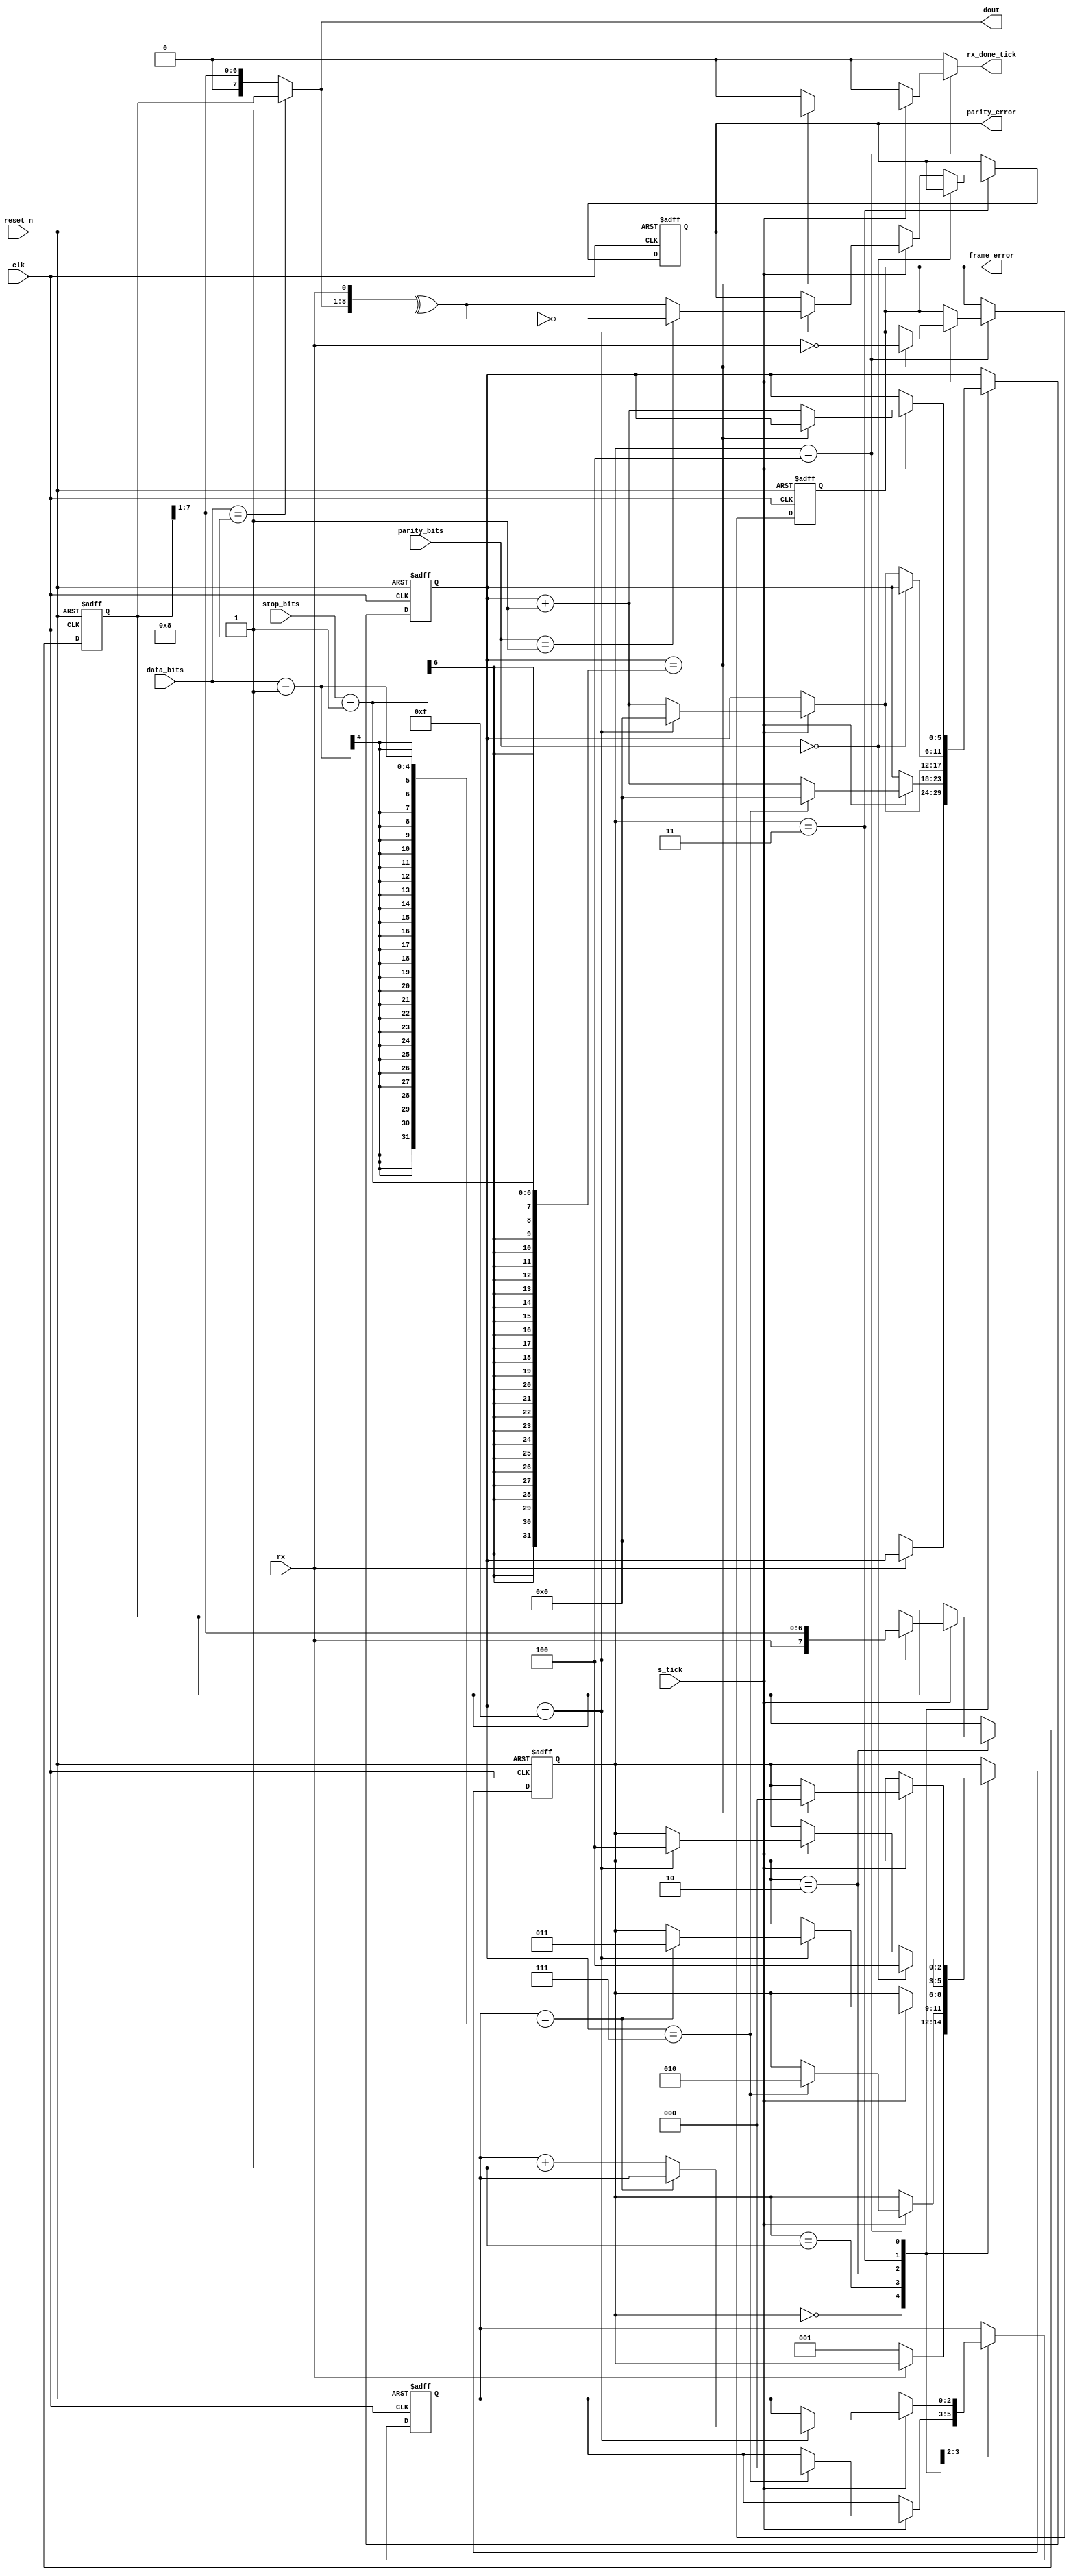
module uart_rx #(parameter DBIT=8, SB_TICK=16)
(
	input clk,reset_n,
	input rx,s_tick,
	input [3:0] data_bits,
	input [5:0] stop_bits,
	input [1:0] parity_bits,
	output reg rx_done_tick,
	output [7:0] dout,
	output reg parity_error,
	output reg frame_error
);

	localparam [2:0]
	IDLE =3'b000,
	START=3'b001,
	DATA=3'b010,
	PARITY=3'b011,
	STOP=3'b100;
	
	reg [2:0] current_state,next_state;
	reg [5:0] s_reg,s_next;
	reg [2:0] n_reg,n_next;
	reg [7:0] b_reg,b_next;
	reg parity_error_next,frame_error_next;

	always @(posedge clk or negedge reset_n)
	begin
		if(~reset_n)
		begin
			current_state<= IDLE;
			s_reg<=0;
			n_reg <=0;
			b_reg <=0;
			frame_error <=0;
			parity_error<=0;
		end
		else 
		begin
			current_state <= next_state;
			n_reg <= n_next;
			s_reg <= s_next;
			b_reg <= b_next;
			parity_error <= parity_error_next;
			frame_error <= frame_error_next;
		end
	end
	always @*
	begin
		next_state = current_state;
		rx_done_tick=0;
		s_next = s_reg;
		b_next = b_reg;
		n_next = n_reg;
		parity_error_next = parity_error;
		frame_error_next = frame_error;
		
		case(current_state)
			IDLE:
				if(~rx)
				begin
					next_state = START;
					s_next = 0;
				end
			START:
				if(s_tick)
					if(s_reg == 7)
					begin
						next_state = DATA;
						s_next = 0;
						n_next = 0;
					end
					else
						s_next = s_reg + 1;
			DATA:
			 if(s_tick)
				if(s_reg == 15)
				begin
					s_next = 0;
					b_next = {rx,b_reg[7:1]};
					if(n_reg == data_bits-1)
						next_state = PARITY;
					else
						n_next = n_reg + 1;
				end
				else
					s_next = s_reg + 1;
			PARITY:
			begin
				if(parity_bits == 0) next_state = STOP;
				else 
				begin
					if(s_tick)
						if(s_reg == 15)
						begin
							parity_error_next = (parity_bits == 1)? !{^{dout,rx}}:{^{dout,rx}};
							s_next = 0;
							next_state = STOP;
						end
						else 
							s_next = s_reg + 1;
				end
			end
			STOP:
				if(s_tick)
					if(s_reg==stop_bits-1)
					begin
						frame_error_next = ~rx;
						next_state = IDLE;
						rx_done_tick = 1;
					end
					else
						s_next = s_reg + 1;
		endcase
	end
	assign dout = (data_bits == 8)? b_reg : (b_reg >> 1);
endmodule